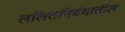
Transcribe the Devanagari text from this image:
ललितनिबंधातील